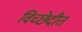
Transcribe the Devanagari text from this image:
विच्छेदीत